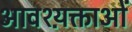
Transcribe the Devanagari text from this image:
आवश्य़क्ताओं